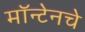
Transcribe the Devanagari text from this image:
मॉन्टेनचे